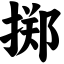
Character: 掷